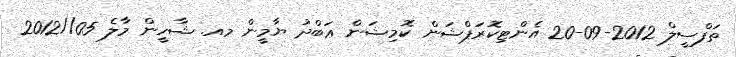
ތަފްސީލް 2012-09-20 އެންޓިކޮރަޕްޝަން ކޮމިޝަން ޢަބްދު ޔާމީން މއ. ޝާހީން މާލެ 05//2012